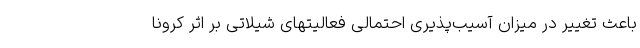
باعث تغییر در میزان آسیب‌پذیری احتمالی فعالیتهای شیلاتی بر اثر کرونا